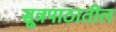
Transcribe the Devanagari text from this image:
सूत्रपाठातील